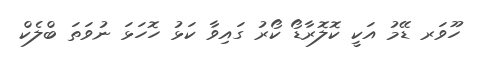
ހޫވަރ ޑޭމު އަކީ ކޮލޮރާޑޯ ކޯރު ގައިވާ ކަޅު ހޮހަޅަ ނުވަތަ ބްލެކް